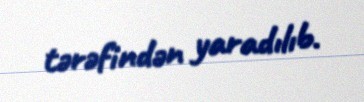
tərəfindən yaradılıb.